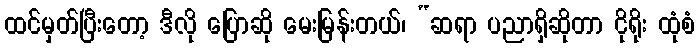
ထင်မှတ်ပြီးတော့ ဒီလို ပြောဆို မေးမြန်းတယ်၊ “ဆရာ ပညာရှိဆိုတာ ငိုရိုး ထုံစံ